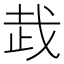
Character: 𰙦